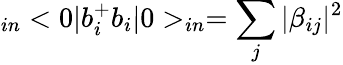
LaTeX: _{in}<0|b_{i}^{+}b_{i}|0>_{in}=\sum_{j}|\beta_{ij}|^{2}